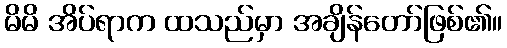
မိမိ အိပ်ရာက ထသည်မှာ အချိန်တော်ဖြစ်၏။